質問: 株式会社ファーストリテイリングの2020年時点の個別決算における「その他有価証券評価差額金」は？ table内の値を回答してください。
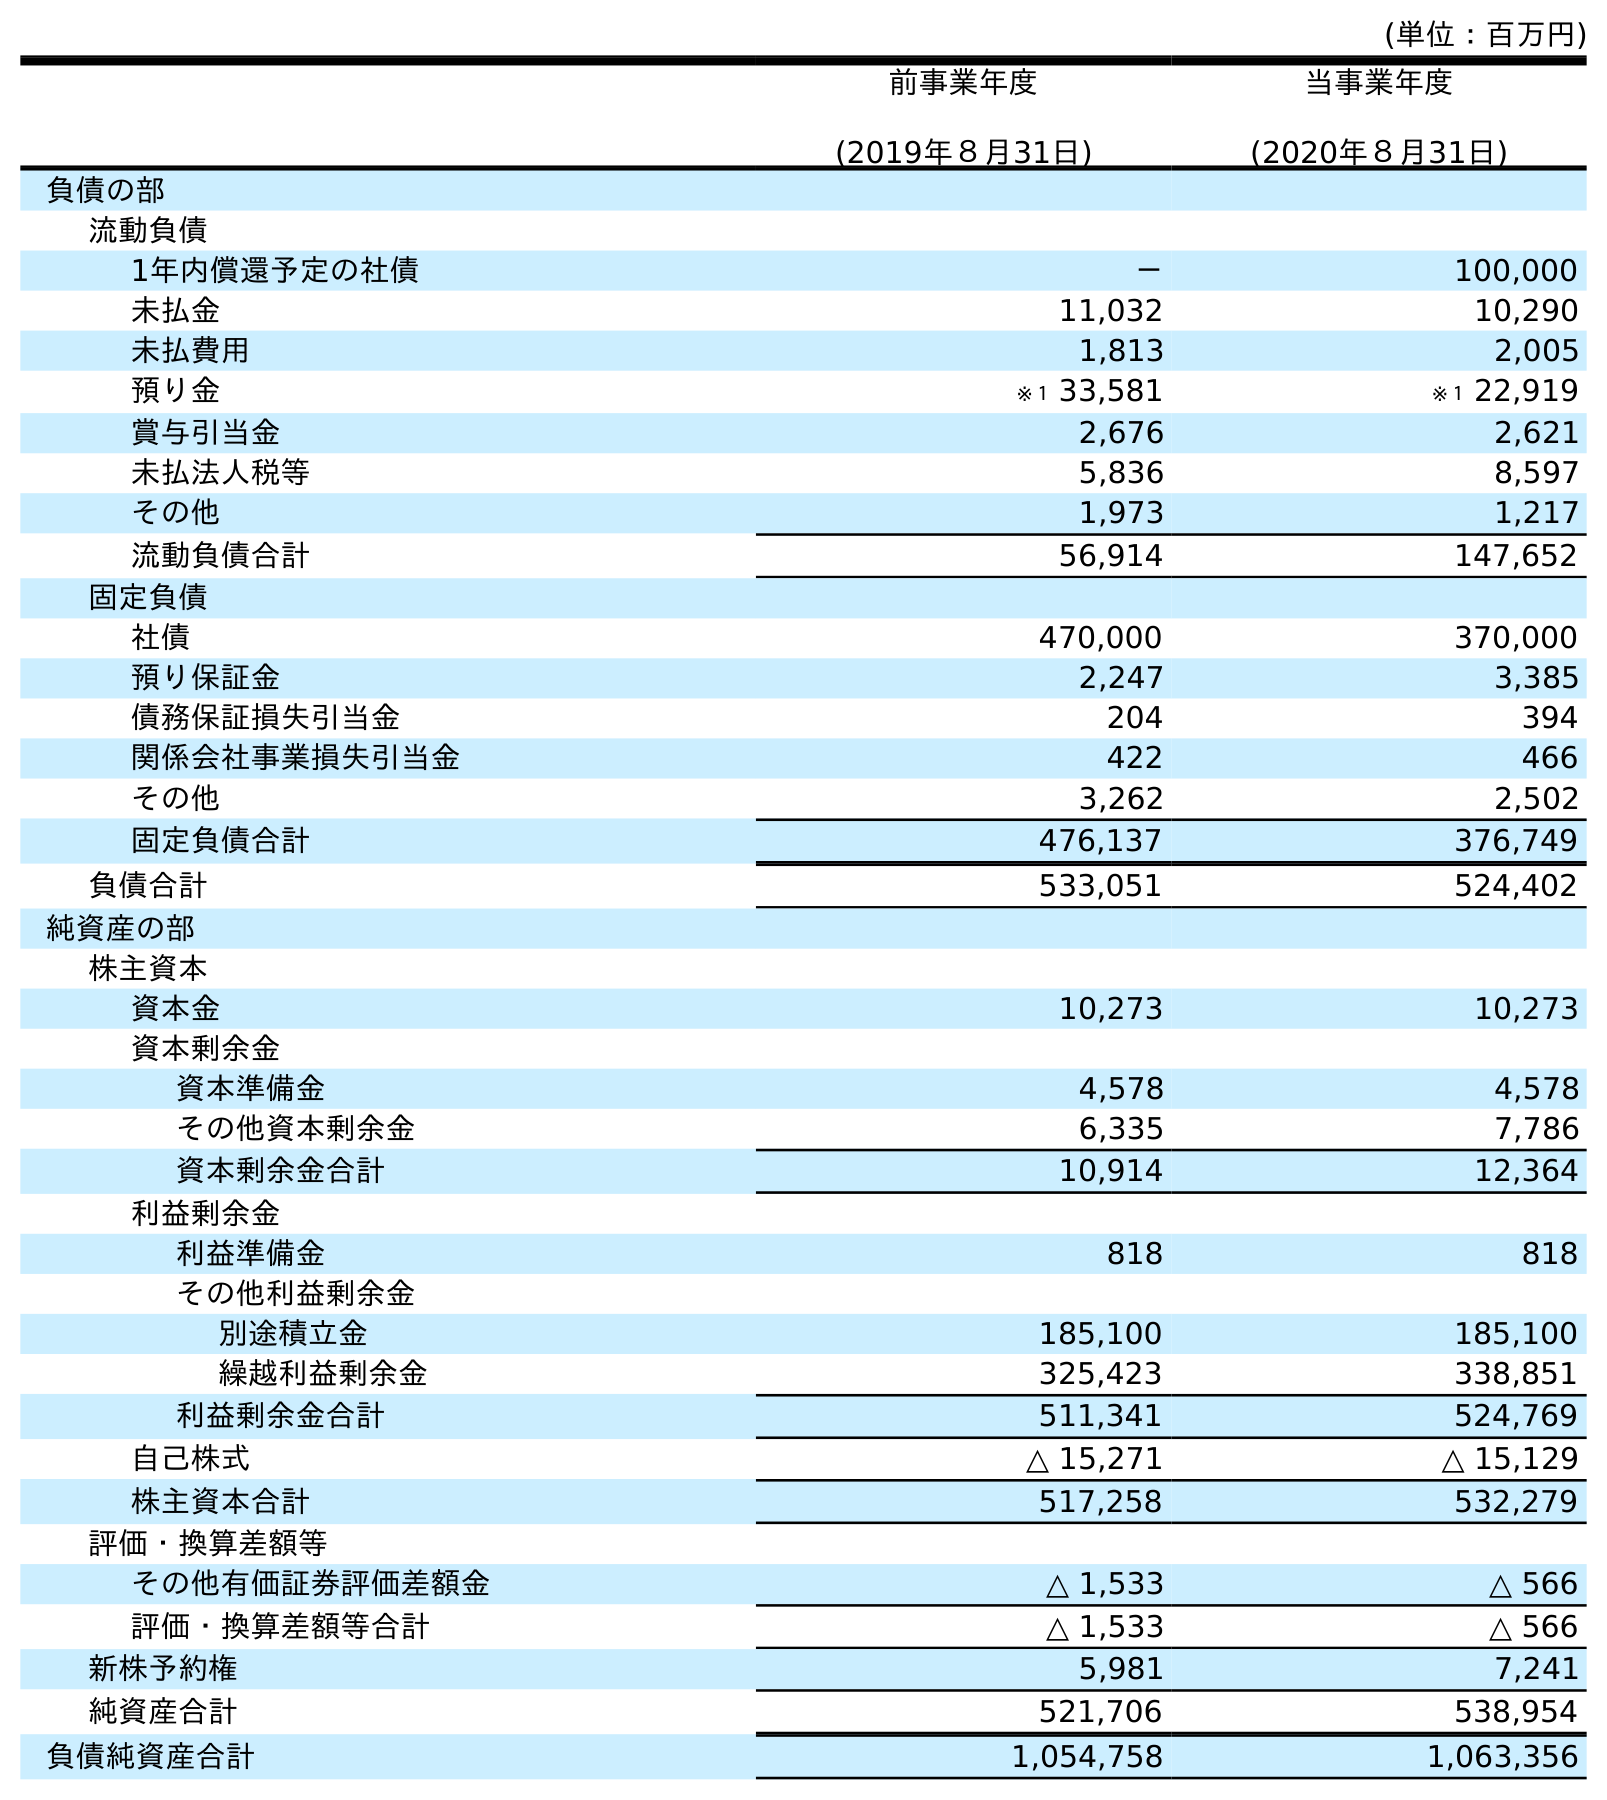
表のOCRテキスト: (単位：百万円) 前事業年度 (2019年８月31日) 当事業年度 (2020年８月31日) 負債の部 流動負債 1年内償還予定の社債 － 100,000 未払金 11,032 10,290 未払費用 1,813 2,005 預り金 ※１ 33,581 ※１ 22,919 賞与引当金 2,676 2,621 未払法人税等 5,836 8,597 その他 1,973 1,217 流動負債合計 56,914 147,652 固定負債 社債 470,000 370,000 預り保証金 2,247 3,385 債務保証損失引当金 204 394 関係会社事業損失引当金 422 466 その他 3,262 2,502 固定負債合計 476,137 376,749 負債合計 533,051 524,402 純資産の部 株主資本 資本金 10,273 10,273 資本剰余金 資本準備金 4,578 4,578 その他資本剰余金 6,335 7,786 資本剰余金合計 10,914 12,364 利益剰余金 利益準備金 818 818 その他利益剰余金 別途積立金 185,100 185,100 繰越利益剰余金 325,423 338,851 利益剰余金合計 511,341 524,769 自己株式 △ 15,271 △ 15,129 株主資本合計 517,258 532,279 評価・換算差額等 その他有価証券評価差額金 △ 1,533 △ 566 評価・換算差額等合計 △ 1,533 △ 566 新株予約権 5,981 7,241 純資産合計 521,706 538,954 負債純資産合計 1,054,758 1,063,356
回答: △566